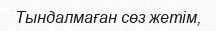
Тындалмаған сөз жетім,